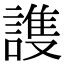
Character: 謢